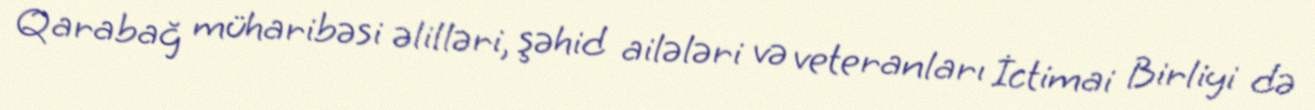
Qarabağ müharibəsi əlilləri, şəhid ailələri və veteranları İctimai Birliyi də